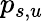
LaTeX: p_{s,u}